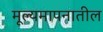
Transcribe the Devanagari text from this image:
मूल्यमापनातील